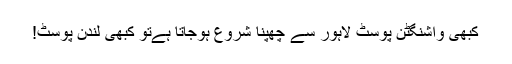
کبھی واشنگٹن پوسٹ لاہور سے چھپنا شروع ہوجاتا ہےتو کبھی لندن پوسٹ!